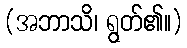
(အဘာသိ၊ ရွတ်၏။)